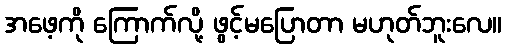
အဖေ့ကို ကြောက်လို့ ဖွင့်မပြောတာ မဟုတ်ဘူးလေ။